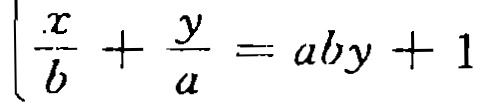
$\frac{x}{b}+\frac{y}{a}=aby + 1$